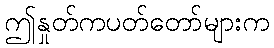
ဤနှုတ်ကပတ်တော်များက